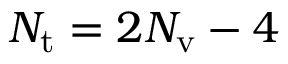
N _ { \mathrm { t } } = 2 N _ { \mathrm { v } } - 4